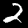
Label: 2